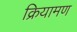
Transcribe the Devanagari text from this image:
क्रियामण